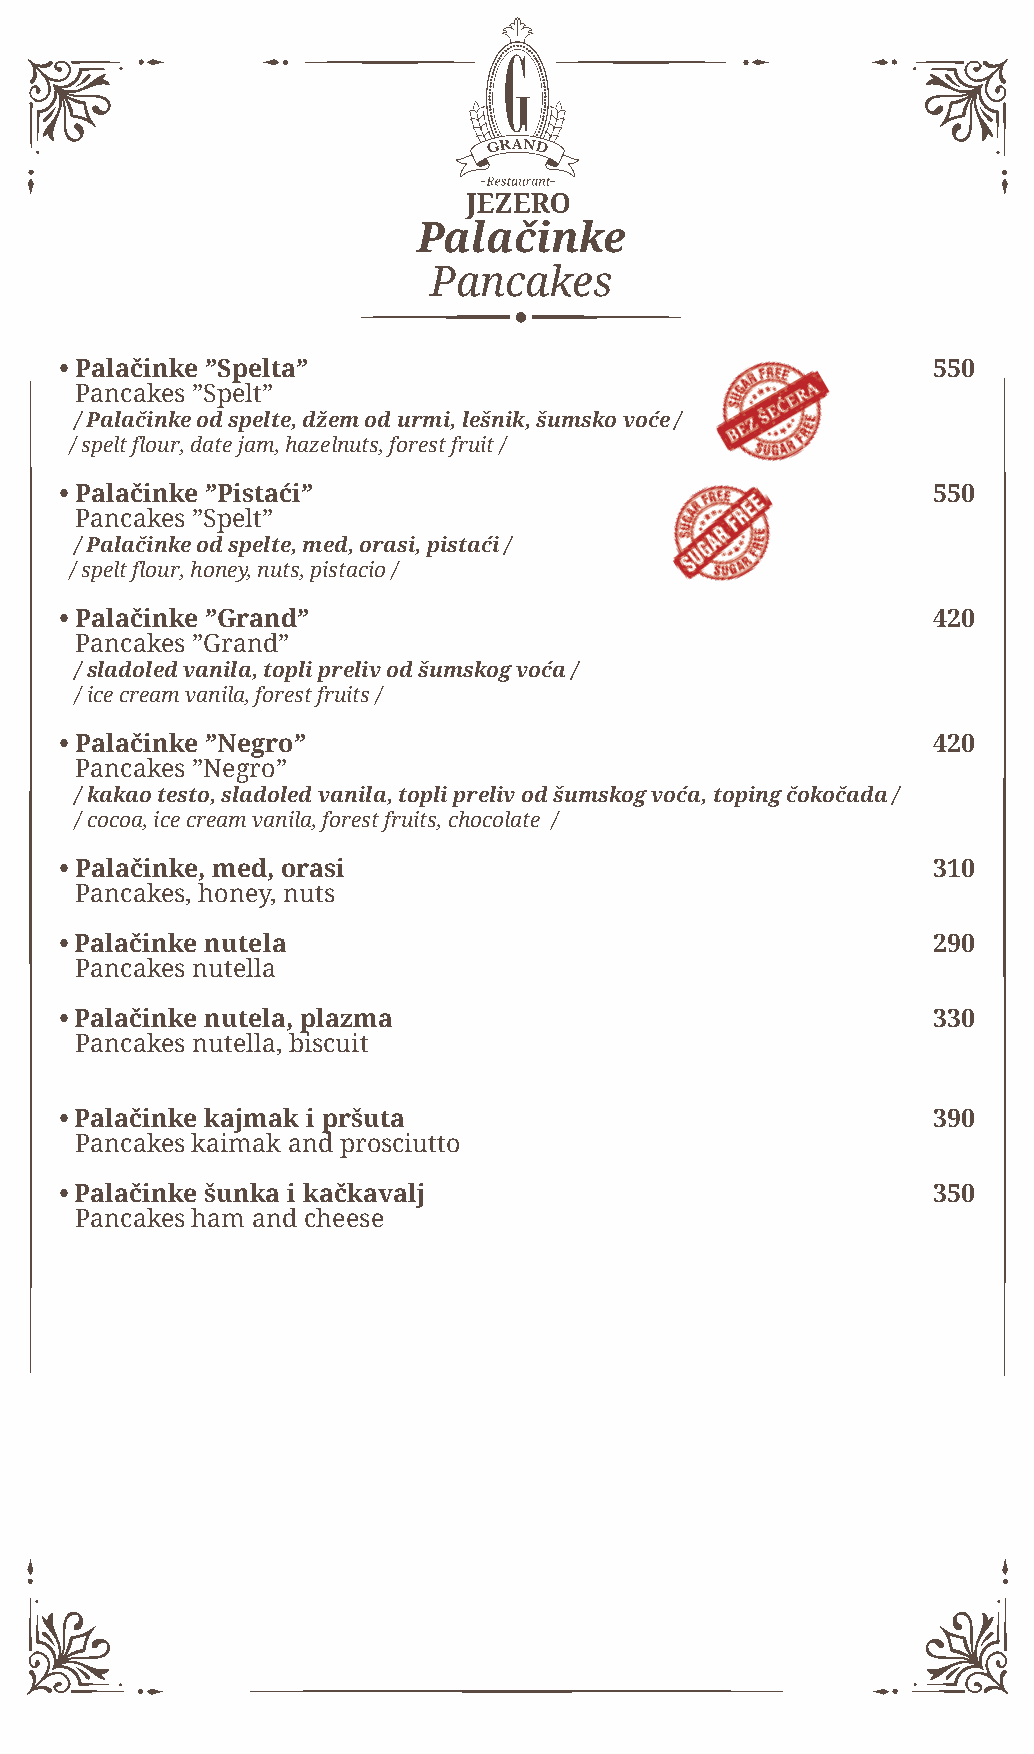
Palačinke
 Pancakes
 • Palačinke ”Spelta”                                      550
 Pancakes ”Spelt”
 / Palačinke od spelte, džem od urmi, lešnik, šumsko voće /
 / spelt flour, date jam, hazelnuts, forest fruit /
 • Palačinke ”Pistaći”                                     550
 Pancakes ”Spelt”
 / Palačinke od spelte, med, orasi, pistaći /
 / spelt flour, honey, nuts, pistacio /
 • Palačinke ”Grand”                                       420
 Pancakes ”Grand”
 / sladoled vanila, topli preliv od šumskog voća /
 / ice cream vanila, forest fruits /
 • Palačinke ”Negro”                                       420
 Pancakes ”Negro”
 / kakao testo, sladoled vanila, topli preliv od šumskog voća, toping čokočada /
 / cocoa, ice cream vanila, forest fruits, chocolate /
 • Palačinke, med, orasi                                   310
 Pancakes, honey, nuts
 • Palačinke nutela                                        290
 Pancakes nutella
 • Palačinke nutela, plazma                                330
 Pancakes nutella, biscuit
 • Palačinke kajmak i pršuta                               390
 Pancakes kaimak and prosciutto
 • Palačinke šunka i kačkavalj                             350
 Pancakes ham and cheese